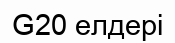
G20 елдері